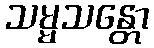
သမ္မသန္တော